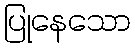
ပြုနေသော